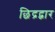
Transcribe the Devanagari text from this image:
छिद्रद्वार